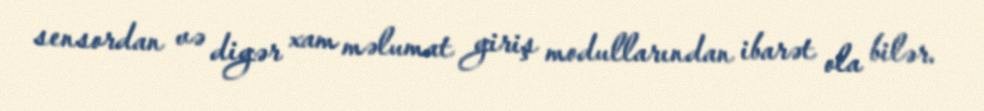
sensordan və digər xam məlumat giriş modullarından ibarət ola bilər.